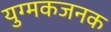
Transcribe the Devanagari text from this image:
युग्मकजनक